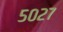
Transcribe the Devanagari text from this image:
५०२७